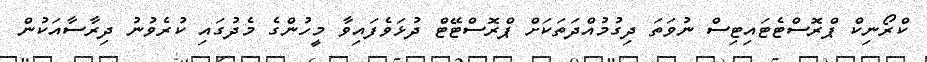
ކްރޯނިކް ޕްރޮސްޓެޓައިޓިސް ނުވަތަ ދިގުމުއްދަތަކަށް ޕްރޮސްޓޭޓް ދުޅަވެފައިވާ މީހުންގެ މެދުގައި ކުރެވުނު ދިރާސާއަކުން